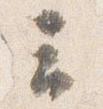
云